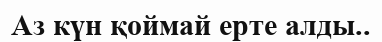
Аз күн қоймай ерте алды..